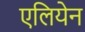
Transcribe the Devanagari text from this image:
एलियेन